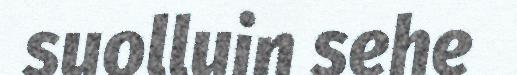
suolluin sehe